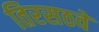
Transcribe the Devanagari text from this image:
तिरसठवें